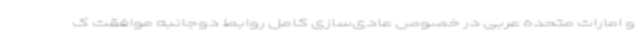
و امارات متحده عربی در خصوص عادی‌سازی کامل روابط دوجانبه موافقت ک